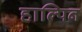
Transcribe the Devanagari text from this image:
हाल्पिन